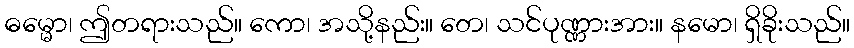
ဓမ္မော၊ ဤတရားသည်။ ကော၊ အသို့နည်း။ တေ၊ သင်ပုဏ္ဏားအား။ နမော၊ ရှိခိုးသည်။